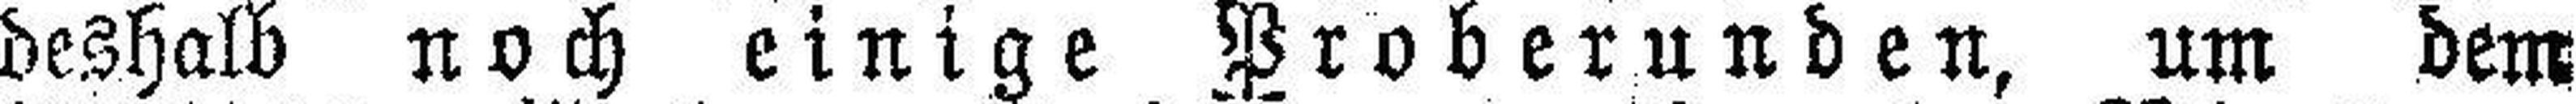
deshalb noch einige Proberunden, um dem